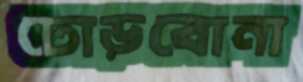
ঢোড়বোনা